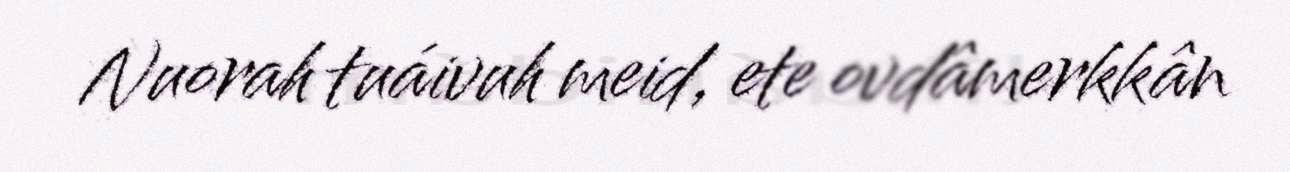
Nuorah tuáivuh meid, ete ovdâmerkkân